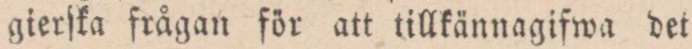
gierſka frågan för att tillkännagifwa det